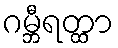
ဂမ္ဘီရတ္ထာ